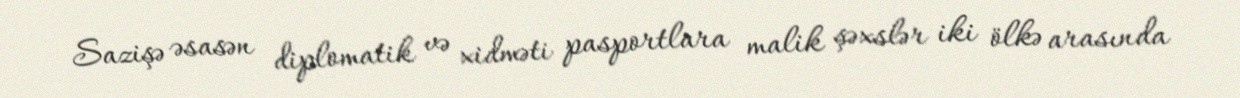
Sazişə əsasən diplomatik və xidməti pasportlara malik şəxslər iki ölkə arasında